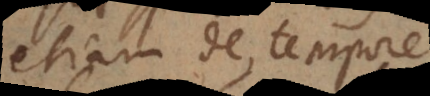
etiam de tempore